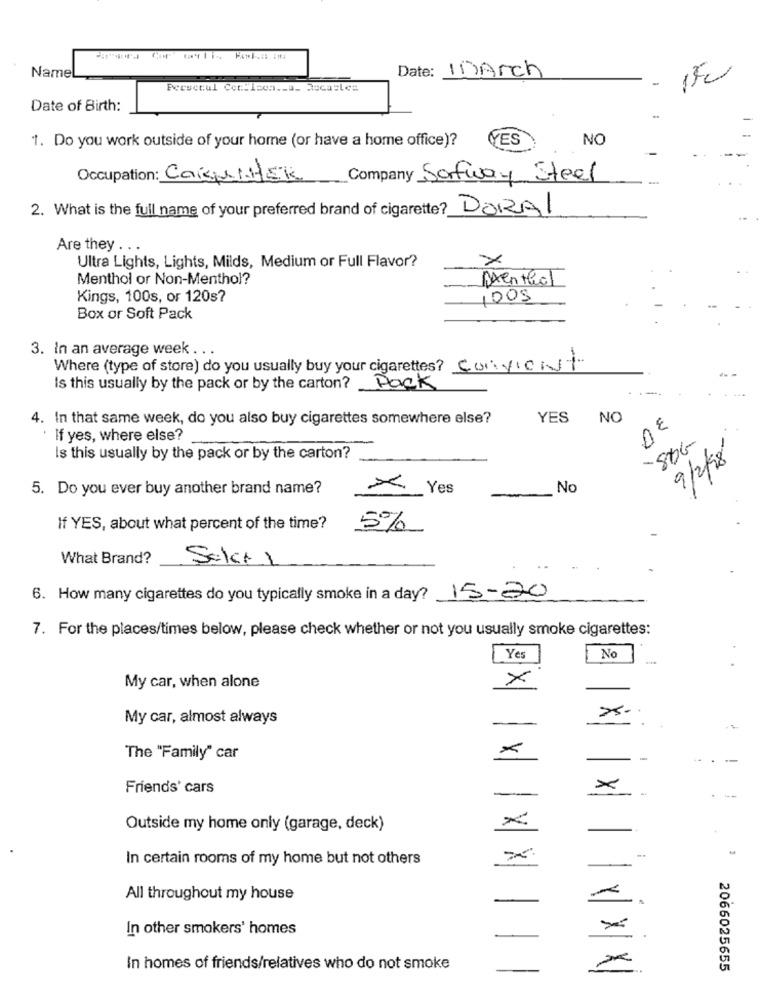
Date: 1 Arch
Name
150
Persecul Cec:Iccs ._ a_ Sucables
Date of Birth:
1. Do you work outside of your home (or have a home office)?
YES
NO
Occupation: Caipitek Company Sofway Steel
2. What is the full name of your preferred brand of cigarette? DORAL
Are they . . .
Ultra Lights, Lights, Milds, Medium or Full Flavor?
x
Menthol or Non-Menthol?
Aventhat
Kings, 100s, or 120s?
1009
Box or Soft Pack
3. In an average week .. .
Where (type of store) do you usually buy your cigarettes? Convient
Is this usually by the pack or by the carton?
Pack
4. In that same week, do you also buy cigarettes somewhere else?
YES
NO
DE
. If yes, where else?
Is this usually by the pack or by the carton?
9/2/8
5. Do you ever buy another brand name?
× Yes
No
If YES, about what percent of the time?
5%
What Brand?
6. How many cigarettes do you typically smoke in a day? 15-20
7. For the places/times below, please check whether or not you usually smoke cigarettes:
Yes
No
×
My car, when alone
My car, almost always
The "Family" car
-
Friends' cars
×
×
Outside my home only (garage, deck)
In certain rooms of my home but not others
All throughout my house
Y
In other smokers' homes
In homes of friends/relatives who do not smoke
2066025655